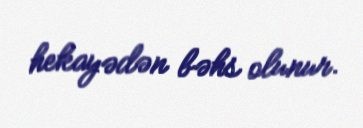
hekayədən bəhs olunur.